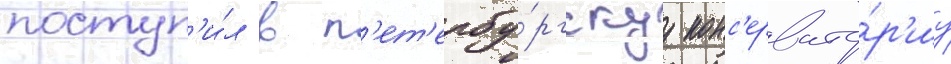
поступ'и́л в п'ет'ербу́ргскуу конс'ервато́р'иу